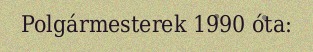
Polgármesterek 1990 óta: